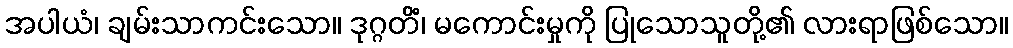
အပါယံ၊ ချမ်းသာကင်းသော။ ဒုဂ္ဂတိံ၊ မကောင်းမှုကို ပြုသောသူတို့၏ လားရာဖြစ်သော။